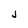
Character: J